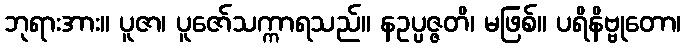
ဘုရားအား။ ပူဇာ၊ ပူဇော်သက္ကာရသည်။ နဥပ္ပဇ္ဇတိ၊ မဖြစ်။ ပရိနိဗ္ဗုတော၊